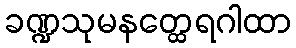
ခဏ္ဍသုမနတ္ထေရဂါထာ